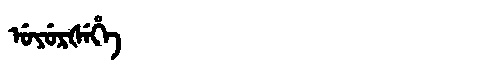
Manchu: ᡠᠶᡠᡵᡧᡝᡥᡝ
Romanization: UYURŠEHE